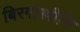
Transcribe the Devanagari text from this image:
बिरगोस्त्रीनि